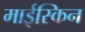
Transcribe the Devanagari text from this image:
माईस्किन